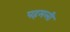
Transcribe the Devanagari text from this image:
पहमली